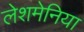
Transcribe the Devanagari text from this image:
लेशमेनिया